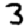
Digit: 3